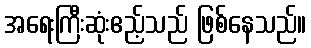
အရေးကြီးဆုံးဧည့်သည် ဖြစ်နေသည်။